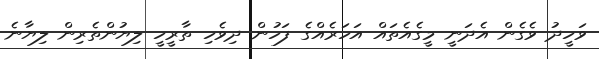
ވަހީދު ވެގެން އެދަނީ މީގެއެތައް އަހަރެއްގެ ފަހުން ދިވެހި ތާރީހީ ލިޔުންތެރިން ލިޔާނެ